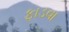
ફાડવા